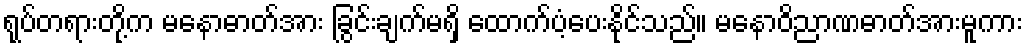
ရုပ်တရားတို့က မနောဓာတ်အား ခြွင်းချက်မရှိ ထောက်ပံ့ပေးနိုင်သည်။ မနောဝိညာဏဓာတ်အားမူကား